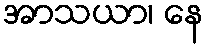
အာသယာ၊ နေ